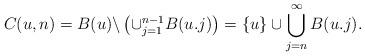
LaTeX: \begin{align*} C(u,n) = B(u) \backslash \left( \cup_{j=1}^{n-1} B(u.j)\right) = \{u\} \cup \bigcup_{j = n}^{\infty} B(u.j).\end{align*}